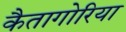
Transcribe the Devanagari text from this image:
कैतागोरिया